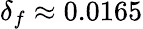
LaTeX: \delta_{f}\approx 0.0165